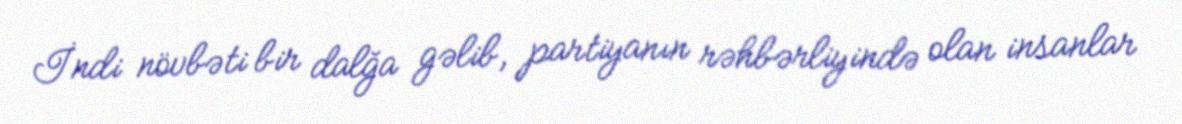
İndi növbəti bir dalğa gəlib, partiyanın rəhbərliyində olan insanlar